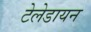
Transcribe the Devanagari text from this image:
टेलेडायन